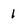
Character: I